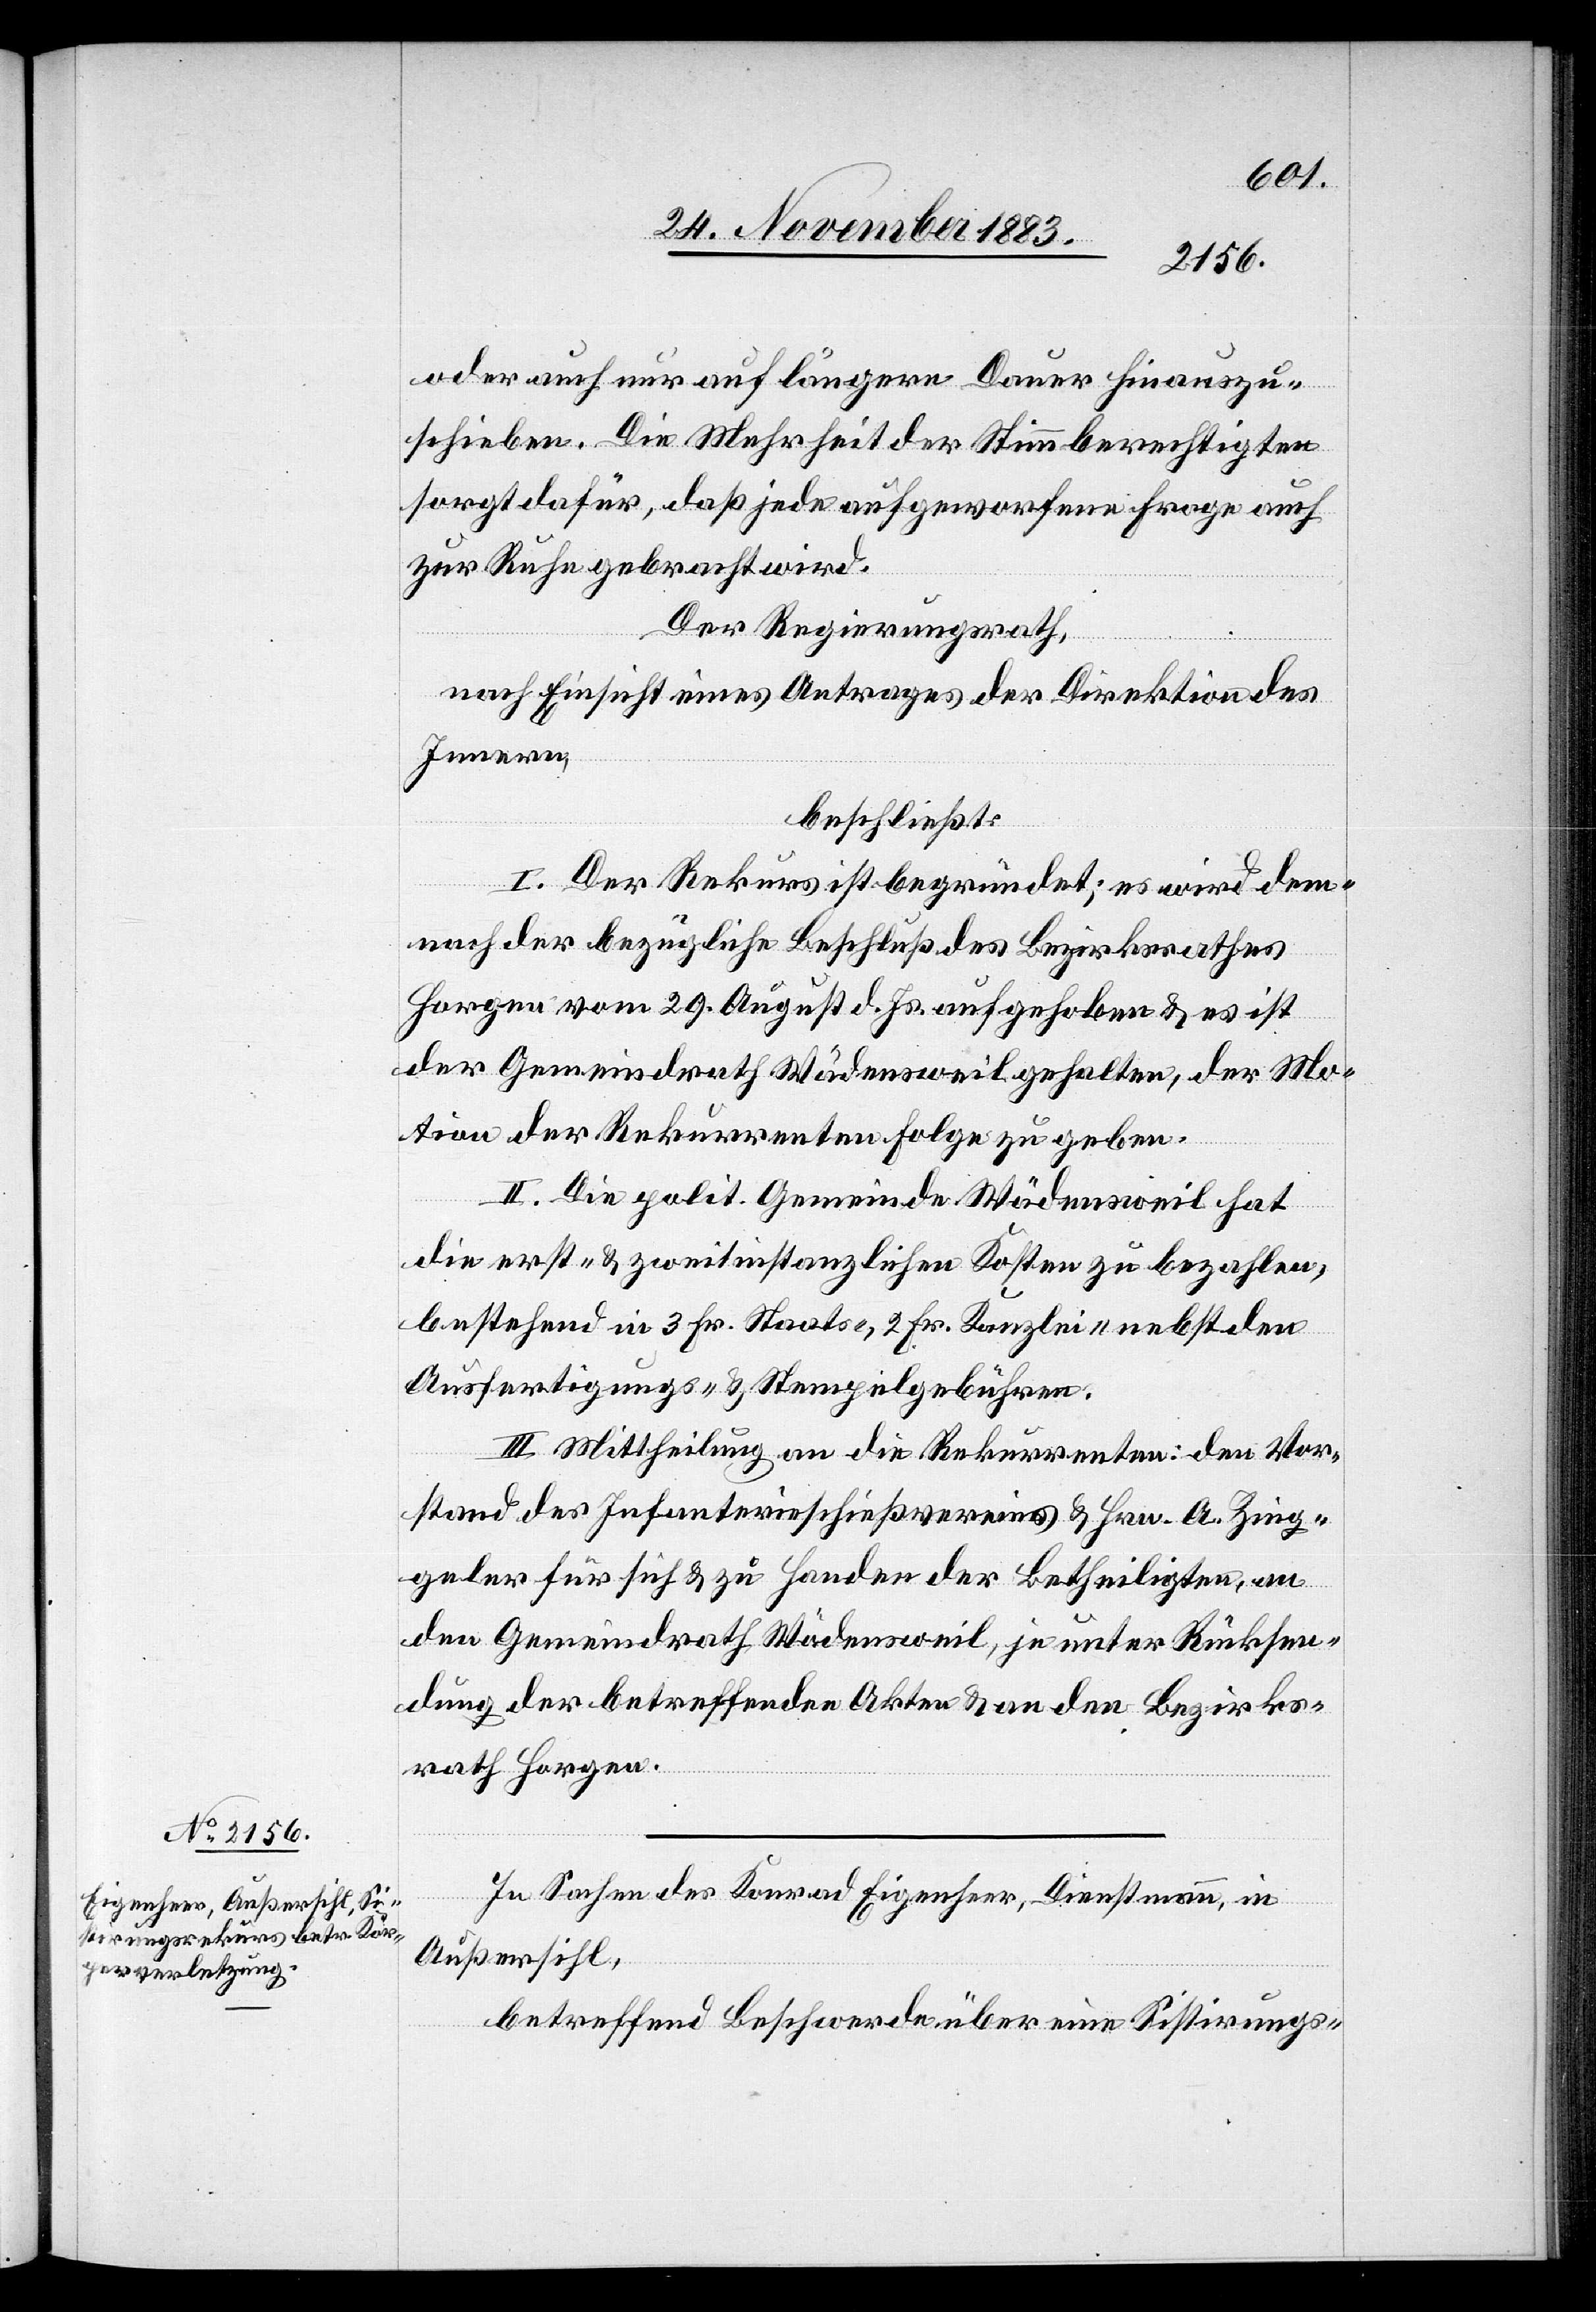
In Sachen des Konrad Eigenheer, Dienstmann, in
Außersihl,
betreffend Beschwerde über eine Sistirungs-